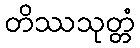
တိဿသုတ္တံ